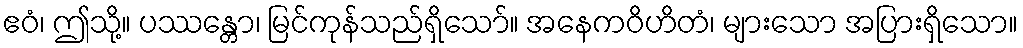
ဧဝံ၊ ဤသို့။ ပဿန္တော၊ မြင်ကုန်သည်ရှိသော်။ အနေကဝိဟိတံ၊ များသော အပြားရှိသော။